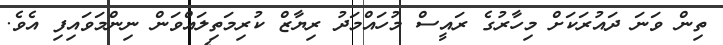
ތިން ވަނަ ދައުރަކަށް މިހާރުގެ ރައީސް މުހައްމަދު ރިޔާޒް ކުރިމަތިލައްވަން ނިންމަވައިފި އެވެ.